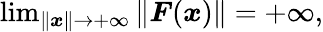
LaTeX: \begin{array}{r}{\operatorname*{lim}_{\| \boldsymbol{x}\| \rightarrow+\infty}\| \boldsymbol{F}(\boldsymbol{x})\| =+\infty,}\end{array}